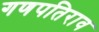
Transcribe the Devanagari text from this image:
गणपतिराव